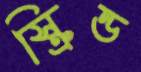
স্ক্রিন্ড